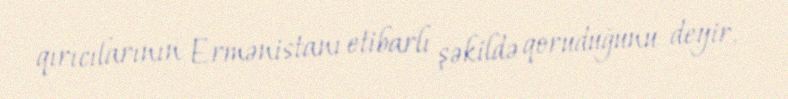
qırıcılarının Ermənistanı etibarlı şəkildə qoruduğunu deyir.